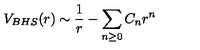
V _ { B H S } ( r ) \sim { \frac { 1 } { r } } - { \sum _ { n \ge 0 } C _ { n } r ^ { n } } \qquad